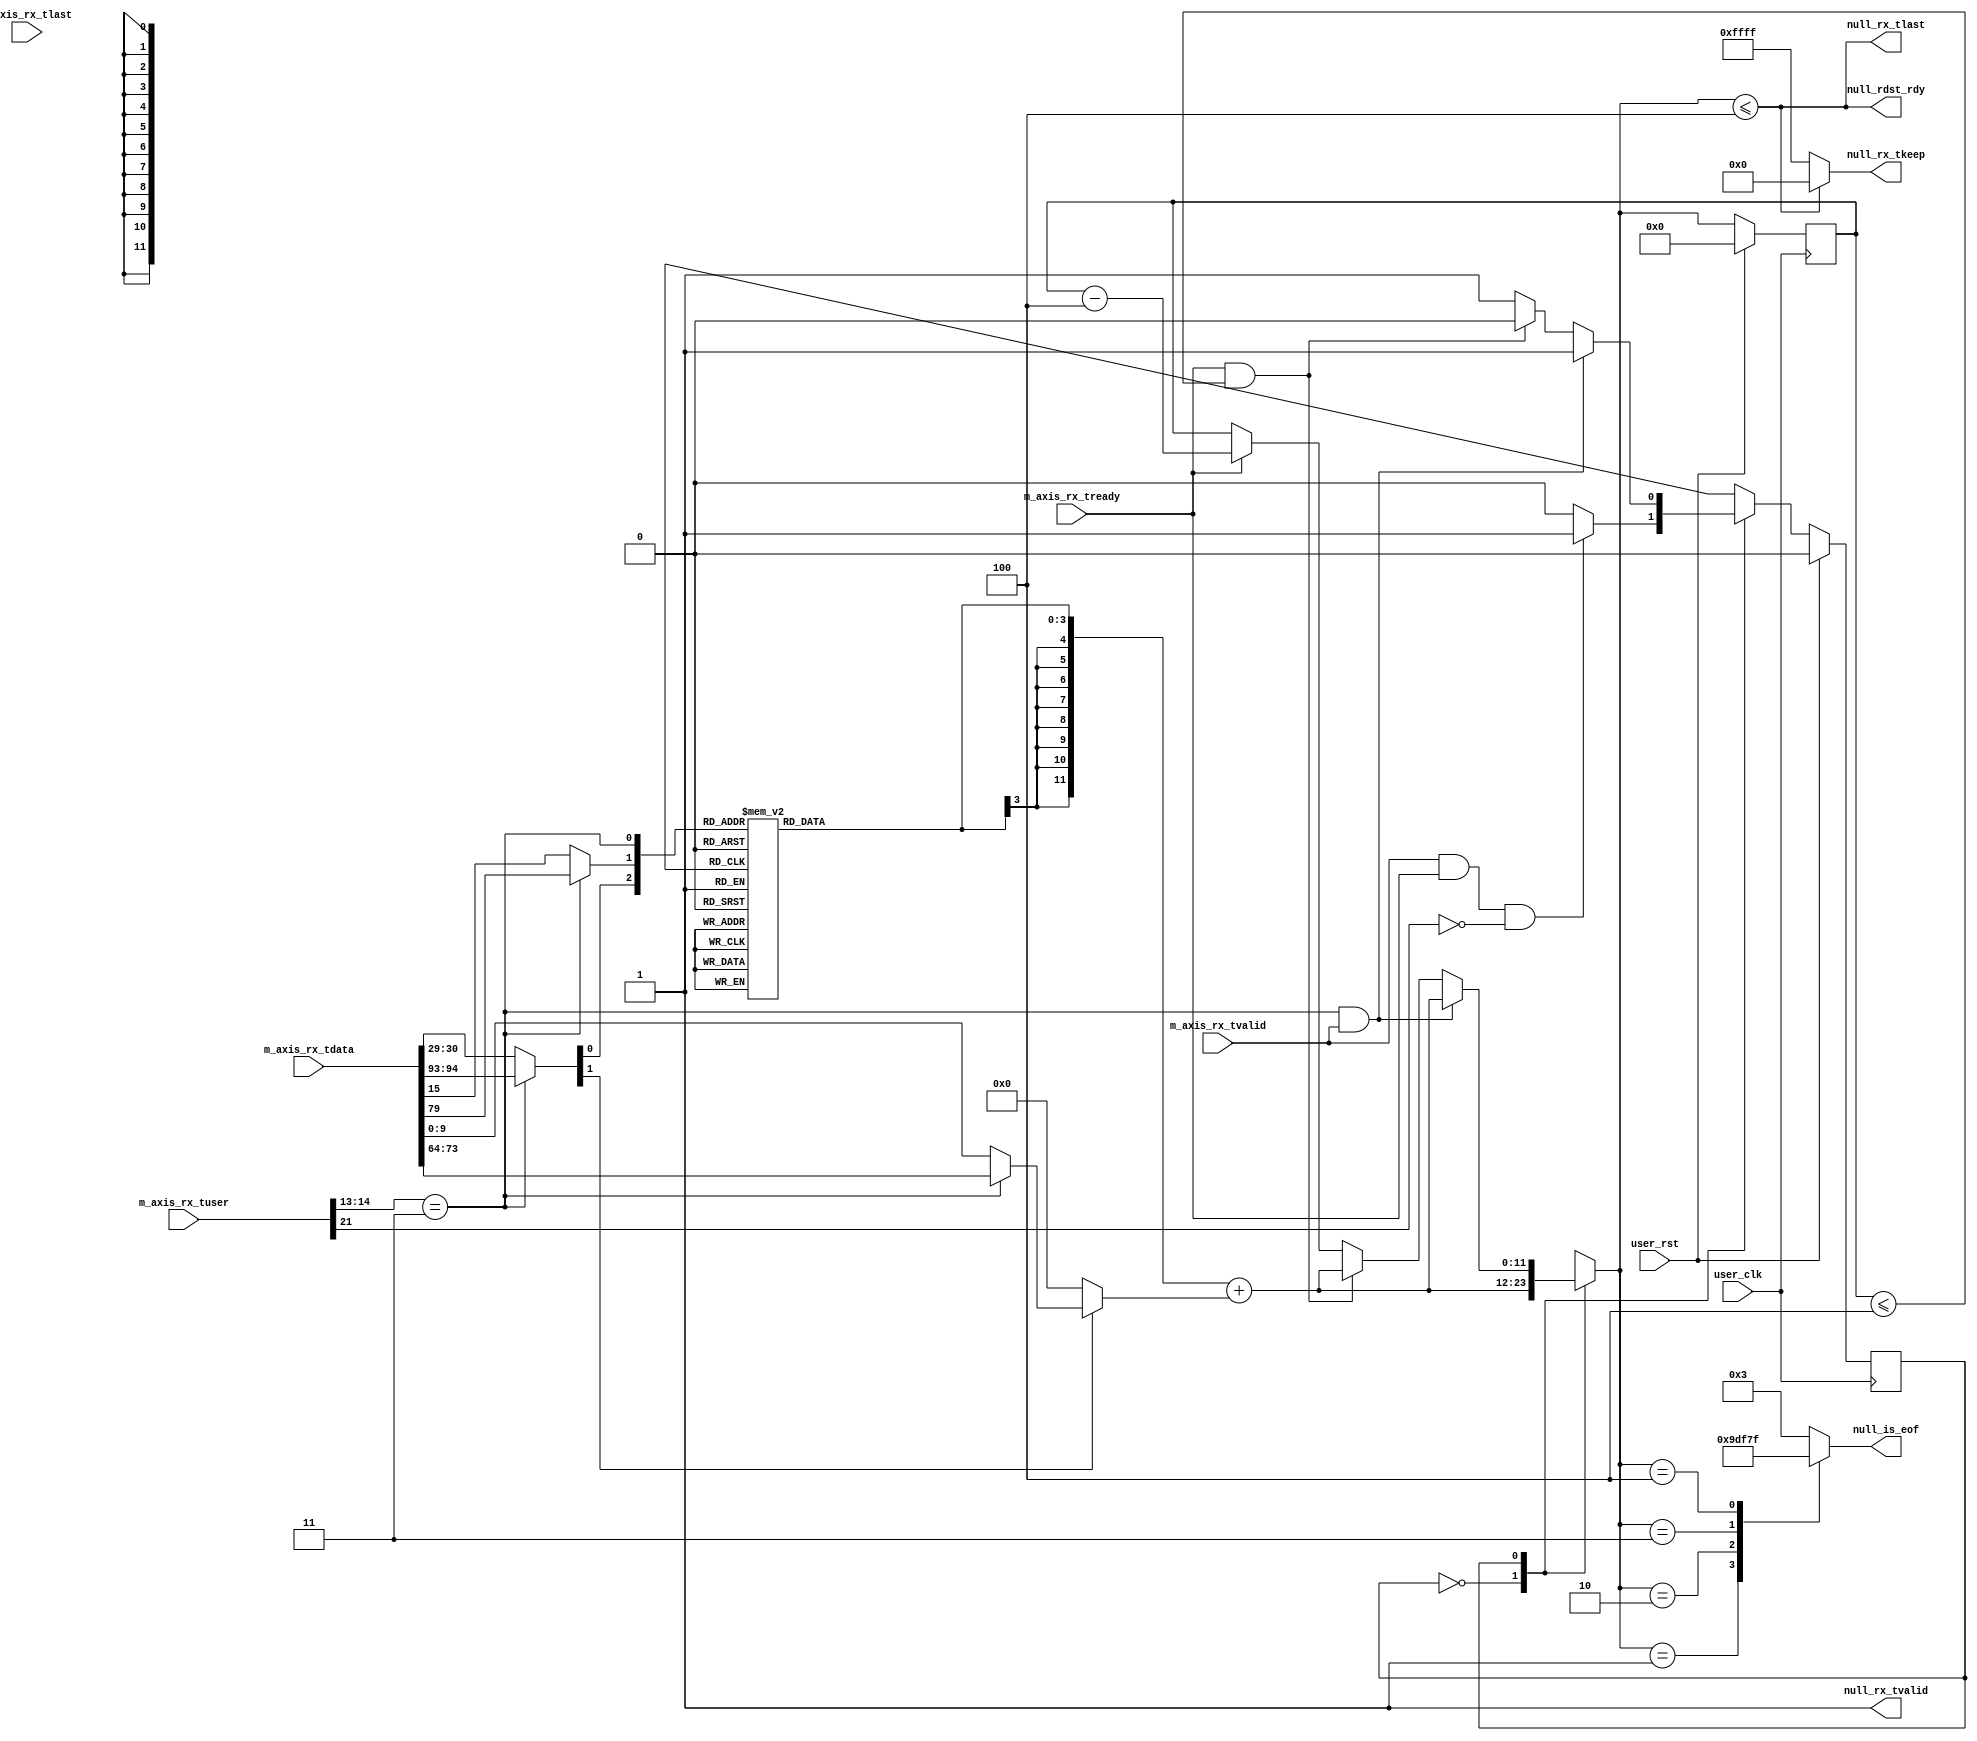
//-----------------------------------------------------------------------------
//
// (c) Copyright 2010-2011 Xilinx, Inc. All rights reserved.
//
// This file contains confidential and proprietary information
// of Xilinx, Inc. and is protected under U.S. and
// international copyright and other intellectual property
// laws.
//
// DISCLAIMER
// This disclaimer is not a license and does not grant any
// rights to the materials distributed herewith. Except as
// otherwise provided in a valid license issued to you by
// Xilinx, and to the maximum extent permitted by applicable
// law: (1) THESE MATERIALS ARE MADE AVAILABLE "AS IS" AND
// WITH ALL FAULTS, AND XILINX HEREBY DISCLAIMS ALL WARRANTIES
// AND CONDITIONS, EXPRESS, IMPLIED, OR STATUTORY, INCLUDING
// BUT NOT LIMITED TO WARRANTIES OF MERCHANTABILITY, NON-
// INFRINGEMENT, OR FITNESS FOR ANY PARTICULAR PURPOSE; and
// (2) Xilinx shall not be liable (whether in contract or tort,
// including negligence, or under any other theory of
// liability) for any loss or damage of any kind or nature
// related to, arising under or in connection with these
// materials, including for any direct, or any indirect,
// special, incidental, or consequential loss or damage
// (including loss of data, profits, goodwill, or any type of
// loss or damage suffered as a result of any action brought
// by a third party) even if such damage or loss was
// reasonably foreseeable or Xilinx had been advised of the
// possibility of the same.
//
// CRITICAL APPLICATIONS
// Xilinx products are not designed or intended to be fail-
// safe, or for use in any application requiring fail-safe
// performance, such as life-support or safety devices or
// systems, Class III medical devices, nuclear facilities,
// applications related to the deployment of airbags, or any
// other applications that could lead to death, personal
// injury, or severe property or environmental damage
// (individually and collectively, "Critical
// Applications"). Customer assumes the sole risk and
// liability of any use of Xilinx products in Critical
// Applications, subject only to applicable laws and
// regulations governing limitations on product liability.
//
// THIS COPYRIGHT NOTICE AND DISCLAIMER MUST BE RETAINED AS
// PART OF THIS FILE AT ALL TIMES.
//
//-----------------------------------------------------------------------------
// Project    : Series-7 Integrated Block for PCI Express
// Version    : 3.0
//                                                                            //
//  Description:                                                              //
//  TRN to AXI RX null generator. Generates null packets for use in           //
//  discontinue situations.                                                   //
//                                                                            //
//  Notes:                                                                    //
//  Optional notes section.                                                   //
//                                                                            //
//  Hierarchical:                                                             //
//    axi_basic_top                                                           //
//      axi_basic_rx                                                          //
//        axi_basic_rx_null_gen                                               //
//                                                                            //
//----------------------------------------------------------------------------//

`timescale 1ps/1ps

(* DowngradeIPIdentifiedWarnings = "yes" *)
module pcie_7x_axi_basic_rx_null_gen # (
  parameter C_DATA_WIDTH = 128,           // RX/TX interface data width
  parameter TCQ = 1,                      // Clock to Q time

  // Do not override parameters below this line
  parameter KEEP_WIDTH = C_DATA_WIDTH / 8            // KEEP width
  ) (

  // AXI RX
  //-----------
  input      [C_DATA_WIDTH-1:0] m_axis_rx_tdata,     // RX data to user
  input                         m_axis_rx_tvalid,    // RX data is valid
  input                         m_axis_rx_tready,    // RX ready for data
  input                         m_axis_rx_tlast,     // RX data is last
  input                  [21:0] m_axis_rx_tuser,     // RX user signals

  // Null Inputs
  //-----------
  output                        null_rx_tvalid,      // NULL generated tvalid
  output                        null_rx_tlast,       // NULL generated tlast
  output       [KEEP_WIDTH-1:0] null_rx_tkeep,       // NULL generated tkeep
  output                        null_rdst_rdy,       // NULL generated rdst_rdy
  output reg              [4:0] null_is_eof,         // NULL generated is_eof

  // System
  //-----------
  input                         user_clk,            // user clock from block
  input                         user_rst             // user reset from block
);


localparam INTERFACE_WIDTH_DWORDS = (C_DATA_WIDTH == 128) ? 11'd4 :
                                           (C_DATA_WIDTH == 64) ? 11'd2 : 11'd1;

//----------------------------------------------------------------------------//
// NULL packet generator state machine                                        //
// This state machine shadows the AXI RX interface, tracking each packet as   //
// it's passed to the AXI user. When a multi-cycle packet is detected, the    //
// state machine automatically generates a "null" packet. In the event of a   //
// discontinue, the RX pipeline can switch over to this null packet as        //
// necessary.                                                                 //
//----------------------------------------------------------------------------//

// State machine variables and states
localparam            IDLE      = 0;
localparam            IN_PACKET = 1;
reg                   cur_state;
reg                   next_state;

// Signals for tracking a packet on the AXI interface
reg            [11:0] reg_pkt_len_counter;
reg            [11:0] pkt_len_counter;
wire           [11:0] pkt_len_counter_dec;
wire                  pkt_done;

// Calculate packet fields, which are needed to determine total packet length.
wire           [11:0] new_pkt_len;
wire            [9:0] payload_len;
wire            [1:0] packet_fmt;
wire                  packet_td;
reg             [3:0] packet_overhead;

// Misc.
wire [KEEP_WIDTH-1:0] eof_tkeep;
wire                  straddle_sof;
wire                  eof;


// Create signals to detect sof and eof situations. These signals vary depending
// on data width.
assign eof = m_axis_rx_tuser[21];
generate
  if(C_DATA_WIDTH == 128) begin : sof_eof_128
    assign straddle_sof = (m_axis_rx_tuser[14:13] == 2'b11);
  end
  else begin : sof_eof_64_32
    assign straddle_sof = 1'b0;
  end
endgenerate


//----------------------------------------------------------------------------//
// Calculate the length of the packet being presented on the RX interface. To //
// do so, we need the relevent packet fields that impact total packet length. //
// These are:                                                                 //
//   - Header length: obtained from bit 1 of FMT field in 1st DWORD of header //
//   - Payload length: obtained from LENGTH field in 1st DWORD of header      //
//   - TLP digest: obtained from TD field in 1st DWORD of header              //
//   - Current data: the number of bytes that have already been presented     //
//                   on the data interface                                    //
//                                                                            //
// packet length = header + payload + tlp digest - # of DWORDS already        //
//                 transmitted                                                //
//                                                                            //
// packet_overhead is where we calculate everything except payload.           //
//----------------------------------------------------------------------------//
generate
  if(C_DATA_WIDTH == 128) begin : len_calc_128
    assign packet_fmt  = straddle_sof ?
                                m_axis_rx_tdata[94:93] : m_axis_rx_tdata[30:29];
    assign packet_td   = straddle_sof ?
                                      m_axis_rx_tdata[79] : m_axis_rx_tdata[15];
    assign payload_len = packet_fmt[1] ?
         (straddle_sof ? m_axis_rx_tdata[73:64] : m_axis_rx_tdata[9:0]) : 10'h0;

    always @(*) begin
      // In 128-bit mode, the amount of data currently on the interface
      // depends on whether we're straddling or not. If so, 2 DWORDs have been
      // seen. If not, 4 DWORDs.
      case({packet_fmt[0], packet_td, straddle_sof})
        //                        Header +  TD  - Data currently on interface
        3'b0_0_0: packet_overhead = 4'd3 + 4'd0 - 4'd4;
        3'b0_0_1: packet_overhead = 4'd3 + 4'd0 - 4'd2;
        3'b0_1_0: packet_overhead = 4'd3 + 4'd1 - 4'd4;
        3'b0_1_1: packet_overhead = 4'd3 + 4'd1 - 4'd2;
        3'b1_0_0: packet_overhead = 4'd4 + 4'd0 - 4'd4;
        3'b1_0_1: packet_overhead = 4'd4 + 4'd0 - 4'd2;
        3'b1_1_0: packet_overhead = 4'd4 + 4'd1 - 4'd4;
        3'b1_1_1: packet_overhead = 4'd4 + 4'd1 - 4'd2;
      endcase
    end
  end
  else if(C_DATA_WIDTH == 64) begin : len_calc_64
    assign packet_fmt  = m_axis_rx_tdata[30:29];
    assign packet_td   = m_axis_rx_tdata[15];
    assign payload_len = packet_fmt[1] ? m_axis_rx_tdata[9:0] : 10'h0;

    always @(*) begin
      // 64-bit mode: no straddling, so always 2 DWORDs
      case({packet_fmt[0], packet_td})
        //                      Header +  TD  - Data currently on interface
        2'b0_0: packet_overhead = 4'd3 + 4'd0 - 4'd2;
        2'b0_1: packet_overhead = 4'd3 + 4'd1 - 4'd2;
        2'b1_0: packet_overhead = 4'd4 + 4'd0 - 4'd2;
        2'b1_1: packet_overhead = 4'd4 + 4'd1 - 4'd2;
      endcase
    end
  end
  else begin : len_calc_32
    assign packet_fmt  = m_axis_rx_tdata[30:29];
    assign packet_td   = m_axis_rx_tdata[15];
    assign payload_len = packet_fmt[1] ? m_axis_rx_tdata[9:0] : 10'h0;

    always @(*) begin
      // 32-bit mode: no straddling, so always 1 DWORD
      case({packet_fmt[0], packet_td})
        //                      Header +  TD  - Data currently on interface
        2'b0_0: packet_overhead = 4'd3 + 4'd0 - 4'd1;
        2'b0_1: packet_overhead = 4'd3 + 4'd1 - 4'd1;
        2'b1_0: packet_overhead = 4'd4 + 4'd0 - 4'd1;
        2'b1_1: packet_overhead = 4'd4 + 4'd1 - 4'd1;
      endcase
    end
  end
endgenerate

// Now calculate actual packet length, adding the packet overhead and the
// payload length. This is signed math, so sign-extend packet_overhead.
// NOTE: a payload length of zero means 1024 DW in the PCIe spec, but this
//       behavior isn't supported in our block.
assign new_pkt_len =
         {{9{packet_overhead[3]}}, packet_overhead[2:0]} + {2'b0, payload_len};


// Math signals needed in the state machine below. These are seperate wires to
// help ensure synthesis tools sre smart about optimizing them.
assign pkt_len_counter_dec = reg_pkt_len_counter - INTERFACE_WIDTH_DWORDS;
assign pkt_done = (reg_pkt_len_counter <= INTERFACE_WIDTH_DWORDS);

//----------------------------------------------------------------------------//
// Null generator Mealy state machine. Determine outputs based on:            //
//   1) current st                                                            //
//   2) current inp                                                           //
//----------------------------------------------------------------------------//
always @(*) begin
  case (cur_state)

    // IDLE state: the interface is IDLE and we're waiting for a packet to
    // start. If a packet starts, move to state IN_PACKET and begin tracking
    // it as long as it's NOT a single cycle packet (indicated by assertion of
    // eof at packet start)
    IDLE: begin
      if(m_axis_rx_tvalid && m_axis_rx_tready && !eof) begin
        next_state = IN_PACKET;
      end
      else begin
        next_state = IDLE;
      end

      pkt_len_counter = new_pkt_len;
    end

    // IN_PACKET: a mutli-cycle packet is in progress and we're tracking it. We
    // are in lock-step with the AXI interface decrementing our packet length
    // tracking reg, and waiting for the packet to finish.
    //
    // * If packet finished and a new one starts, this is a straddle situation.
    //   Next state is IN_PACKET (128-bit only).
    // * If the current packet is done, next state is IDLE.
    // * Otherwise, next state is IN_PACKET.
    IN_PACKET: begin
      // Straddle packet
      if((C_DATA_WIDTH == 128) && straddle_sof && m_axis_rx_tvalid) begin
        pkt_len_counter = new_pkt_len;
        next_state = IN_PACKET;
      end

      // Current packet finished
      else if(m_axis_rx_tready && pkt_done)
      begin
        pkt_len_counter = new_pkt_len;
        next_state      = IDLE;
      end

      // Packet in progress
      else begin
        if(m_axis_rx_tready) begin
          // Not throttled
          pkt_len_counter = pkt_len_counter_dec;
        end
        else begin
          // Throttled
          pkt_len_counter = reg_pkt_len_counter;
        end

        next_state = IN_PACKET;
      end
    end

    default: begin
      pkt_len_counter = reg_pkt_len_counter;
      next_state      = IDLE;
    end
  endcase
end


// Synchronous NULL packet generator state machine logic
always @(posedge user_clk) begin
  if(user_rst) begin
    cur_state           <= #TCQ IDLE;
    reg_pkt_len_counter <= #TCQ 12'h0;
  end
  else begin
    cur_state           <= #TCQ next_state;
    reg_pkt_len_counter <= #TCQ pkt_len_counter;
  end
end


// Generate tkeep/is_eof for an end-of-packet situation.
generate
  if(C_DATA_WIDTH == 128) begin : strb_calc_128
    always @(*) begin
      // Assign null_is_eof depending on how many DWORDs are left in the
      // packet.
      case(pkt_len_counter)
        10'd1:   null_is_eof = 5'b10011;
        10'd2:   null_is_eof = 5'b10111;
        10'd3:   null_is_eof = 5'b11011;
        10'd4:   null_is_eof = 5'b11111;
        default: null_is_eof = 5'b00011;
      endcase
    end

    // tkeep not used in 128-bit interface
    assign eof_tkeep = {KEEP_WIDTH{1'b0}};
  end
  else if(C_DATA_WIDTH == 64) begin : strb_calc_64
    always @(*) begin
      // Assign null_is_eof depending on how many DWORDs are left in the
      // packet.
      case(pkt_len_counter)
        10'd1:   null_is_eof = 5'b10011;
        10'd2:   null_is_eof = 5'b10111;
        default: null_is_eof = 5'b00011;
      endcase
    end

    // Assign tkeep to 0xFF or 0x0F depending on how many DWORDs are left in
    // the current packet.
    assign eof_tkeep = { ((pkt_len_counter == 12'd2) ? 4'hF:4'h0), 4'hF };
  end
  else begin : strb_calc_32
    always @(*) begin
      // is_eof is either on or off for 32-bit
      if(pkt_len_counter == 12'd1) begin
        null_is_eof = 5'b10011;
      end
      else begin
        null_is_eof = 5'b00011;
      end
    end

    // The entire DWORD is always valid in 32-bit mode, so tkeep is always 0xF
    assign eof_tkeep = 4'hF;
  end
endgenerate


// Finally, use everything we've generated to calculate our NULL outputs
assign null_rx_tvalid = 1'b1;
assign null_rx_tlast  = (pkt_len_counter <= INTERFACE_WIDTH_DWORDS);
assign null_rx_tkeep  = null_rx_tlast ? eof_tkeep : {KEEP_WIDTH{1'b1}};
assign null_rdst_rdy  = null_rx_tlast;

endmodule